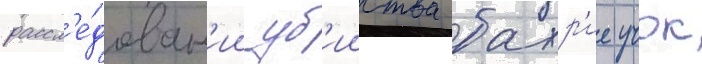
рассл'е́дован'ии уб'ииства бахр'ие учок